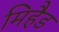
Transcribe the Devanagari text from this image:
मिहैड